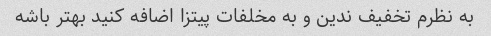
به نظرم تخفیف ندین و به مخلفات پیتزا اضافه کنید بهتر باشه